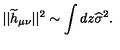
| | { \widetilde h } _ { \mu \nu } | | ^ { 2 } \sim \int d z { \widehat \sigma } ^ { 2 } .